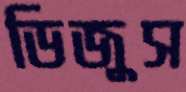
ডিজুস